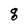
Character: g